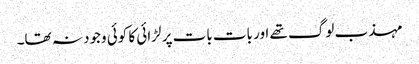
مہذب لوگ تھے اور بات بات پر لڑائی کا کوئی وجود نہ تھا۔